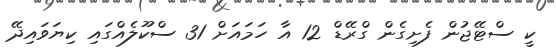
ކީ ސްޓޭޖުން ފެށިގެން ގްރޭޑް 12 އާ ހަމައަށް 31 ސްކޫލެއްގައި ކިޔަވައިދޭ